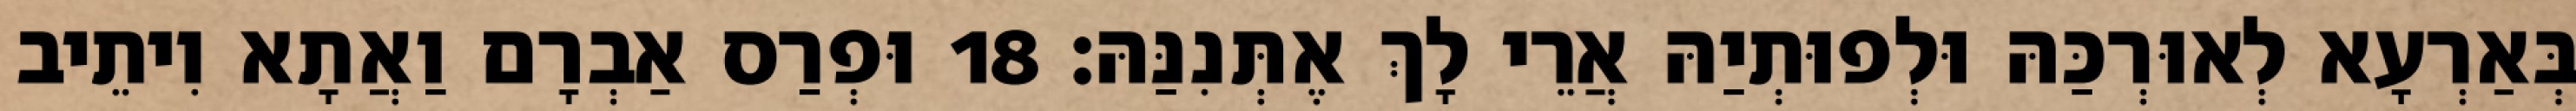
בְּאַרְעָא לְאוּרְכַּהּ וּלְפוּתְיַהּ אֲרֵי לָךְ אֶתְּנִנַּהּ׃ 18 וּפְרַס אַבְרָם וַאֲתָא וִיתֵיב